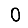
Digit: 0